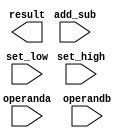
module alu (input add_sub, set_low, set_high, input [7:0] operanda , operandb, output reg [7:0] result);



endmodule